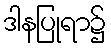
ဒါနပြုရာ၌